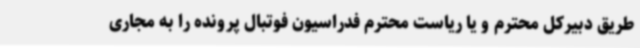
طریق دبیرکل محترم و یا ریاست محترم فدراسیون فوتبال پرونده را به مجاری